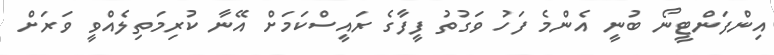
އިންފަންޓީނޯ ބުނީ އެންމެ ފަހު ވަގުތު ފީފާގެ ރައީސްކަމަށް އޭނާ ކުރިމަތިލެއްވީ ވަރަށް